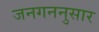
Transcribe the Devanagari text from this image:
जनगननुसार